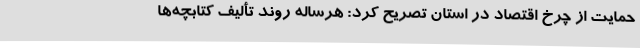
حمایت از چرخ اقتصاد در استان تصریح کرد: هرساله روند تألیف کتابچه‌ها